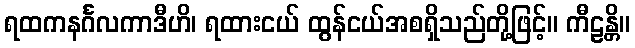
ရထကနင်္ဂလကာဒီဟိ၊ ရထားငယ် ထွန်ငယ်အစရှိသည်တို့ဖြင့်။ ကီဠန္တိ။